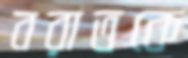
বরাতকে